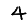
Digit: 4